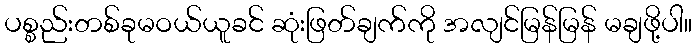
ပစ္စည်းတစ်ခုမဝယ်ယူခင် ဆုံးဖြတ်ချက်ကို အလျင်မြန်မြန် မချဖို့ပါ။